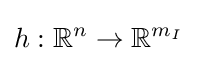
h:\mathbb {R} ^{n}\rightarrow \mathbb {R} ^{m_{I}}